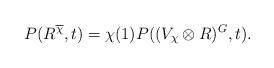
LaTeX: \begin{align*}P(R^{\overline{\chi}},t)=\chi(1)P((V_{\chi}\otimes R)^G,t).\end{align*}